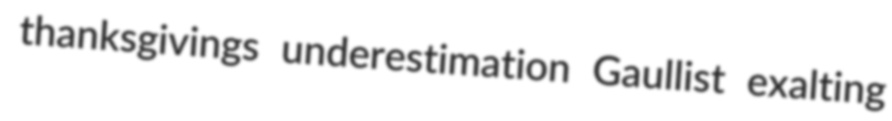
thanksgivings underestimation Gaullist exalting